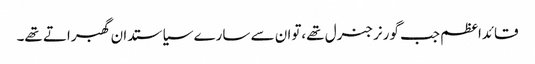
قائداعظم جب گورنرجنرل تھے،توان سے سارے سیاستدان گھبراتے تھے۔